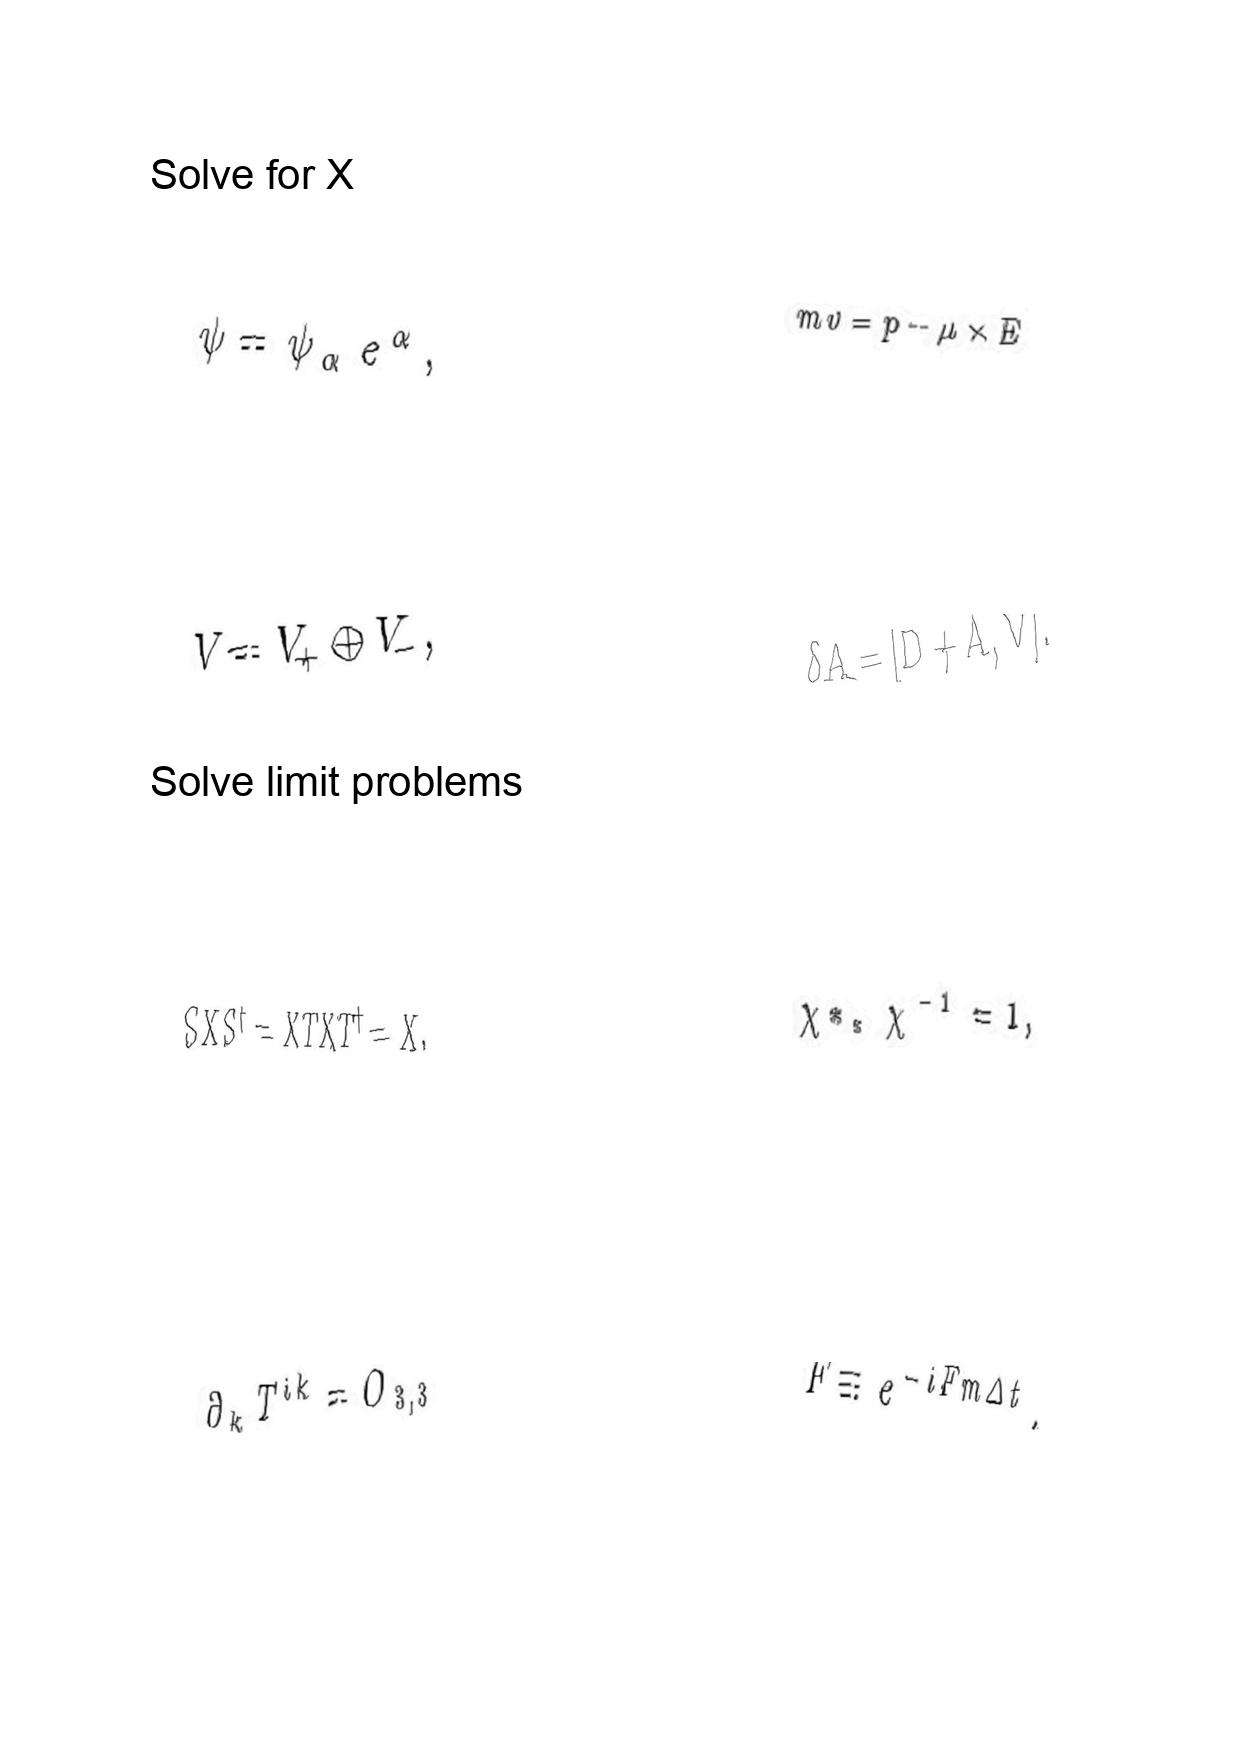
LaTeX transcription:
\psi = \psi _ { \alpha } e ^ { \alpha } ,
V = V _ { + } \oplus V _ { - } ,
S X S ^ { \dagger } = X T X T ^ { \dagger } = X .
\partial _ { k } T ^ { i k } = O _ { 3 , 3 }
m v = p - \mu \times E
\delta A = \lbrack D + A , V \rbrack .
\chi \ast _ { \ast } \chi ^ { - 1 } = 1 ,
F \equiv e ^ { - i F m \Delta t } .